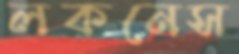
লকনেস